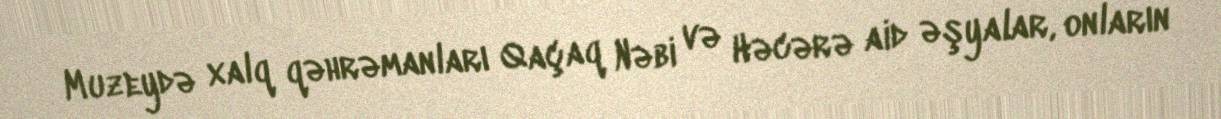
Muzeydə xalq qəhrəmanları Qaçaq Nəbi və Həcərə aid əşyalar, onların